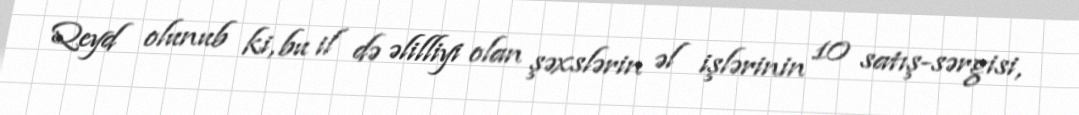
Qeyd olunub ki, bu il də əlilliyi olan şəxslərin əl işlərinin 10 satış-sərgisi,